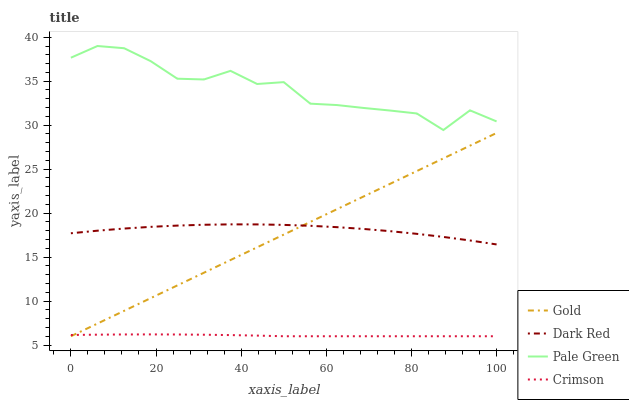
| xaxis_label | Gold | Dark Red | Pale Green | Crimson |
 | --- | --- | --- | --- | --- |
 | 0 | 6 | 17.7 | 37.7 | 6.14 |
 | 6.25 | 7.44 | 18 | 39 | 6.18 |
 | 12.5 | 8.89 | 18.2 | 38.7 | 6.2 |
 | 18.8 | 10.3 | 18.4 | 37.3 | 6.21 |
 | 25 | 11.8 | 18.6 | 35.3 | 6.2 |
 | 31.2 | 13.2 | 18.7 | 35.2 | 6.17 |
 | 37.5 | 14.7 | 18.7 | 36.2 | 6.13 |
 | 43.8 | 16.1 | 18.7 | 34.7 | 6.07 |
 | 50 | 17.6 | 18.7 | 34.9 | 6 |
 | 56.2 | 19 | 18.6 | 32.4 | 6 |
 | 62.5 | 20.4 | 18.4 | 32.3 | 6 |
 | 68.8 | 21.9 | 18.2 | 32 | 6 |
 | 75 | 23.3 | 17.9 | 31.7 | 6 |
 | 81.2 | 24.8 | 17.6 | 31.3 | 6 |
 | 87.5 | 26.2 | 17.3 | 29.4 | 6 |
 | 93.8 | 27.7 | 16.9 | 31.7 | 6 |
 | 100 | 29.1 | 16.4 | 30.4 | 6 |